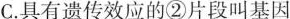
②和④都含有特定的遗传信息